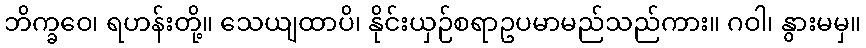
ဘိက္ခဝေ၊ ရဟန်းတို့။ သေယျထာပိ၊ နိုင်းယှဉ်စရာဥပမာမည်သည်ကား။ ဂဝါ၊ နွားမမှ။